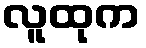
လူထုက